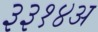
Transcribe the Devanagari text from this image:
३३१४अ